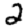
Digit: 2